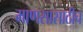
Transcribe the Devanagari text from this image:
माणसासाठीच